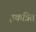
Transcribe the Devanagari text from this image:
इकत्रित